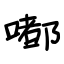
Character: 嘟